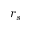
r _ { s }